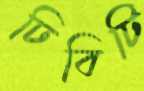
ঢিবিটি